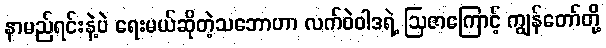
နာမည်ရင်းနဲ့ပဲ ရေးမယ်ဆိုတဲ့သဘောဟာ လက်ဝဲဝါဒရဲ့ ဩဇာကြောင့် ကျွန်တော်တို့